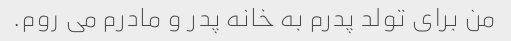
من برای تولد پدرم به خانه پدر و مادرم می روم.